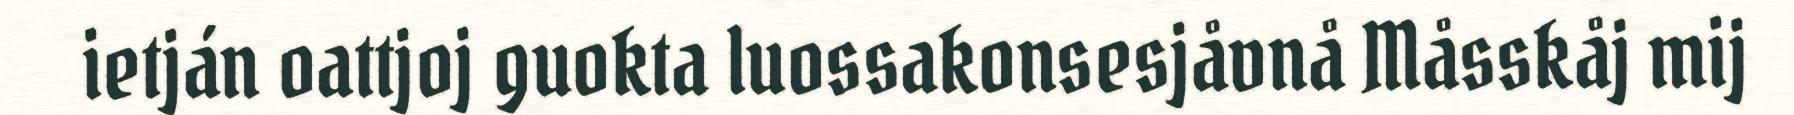
ietján oattjoj guokta luossakonsesjåvnå Måsskåj mij